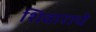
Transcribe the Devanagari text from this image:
शिवाराचे